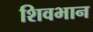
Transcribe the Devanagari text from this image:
शिवभान